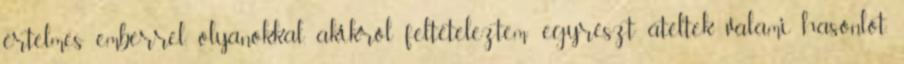
értelmes emberrel, olyanokkal, akikről feltételeztem: egyrészt átéltek vala­mi hasonlót,